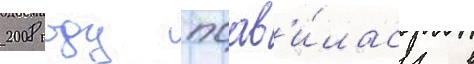
2008 году поав'и́лась в